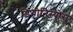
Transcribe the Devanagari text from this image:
ड़ियोनिस्योस